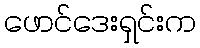
ဖောင်ဒေးရှင်းက